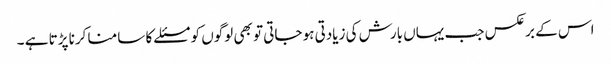
اس کے برعکس جب یہاں بارش کی زیادتی ہو جاتی تو بھی لوگوں کو مسئلے کا سامنا کرنا پڑتا ہے ۔